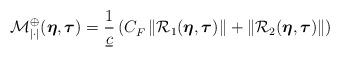
LaTeX: \begin{align*} \mathcal{M}_{|\cdot|}^{\oplus}(\boldsymbol{\eta},\boldsymbol{\tau}) = \frac{1}{\underline{c}} \left({C_F^{}} \, \|\mathcal{R}_1(\boldsymbol{\eta},\boldsymbol{\tau})\| + \|\mathcal{R}_2(\boldsymbol{\eta},\boldsymbol{\tau})\| \right) \end{align*}